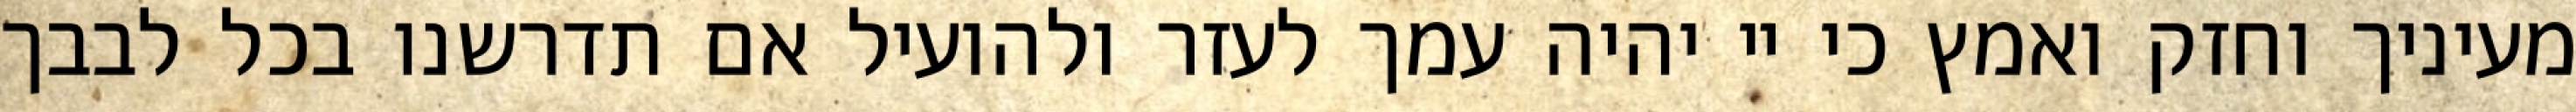
מעיניך וחזק ואמץ כי יי יהיה עמך לעזר ולהועיל אם תדרשנו בכל לבבך